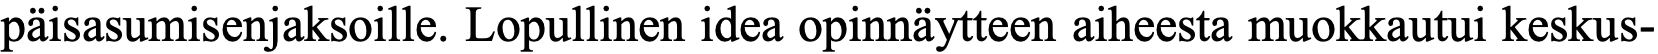
päisasumisenjaksoille. Lopullinen idea opinnäytteen aiheesta muokkautui keskus-